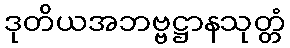
ဒုတိယအဘဗ္ဗဋ္ဌာနသုတ္တံ